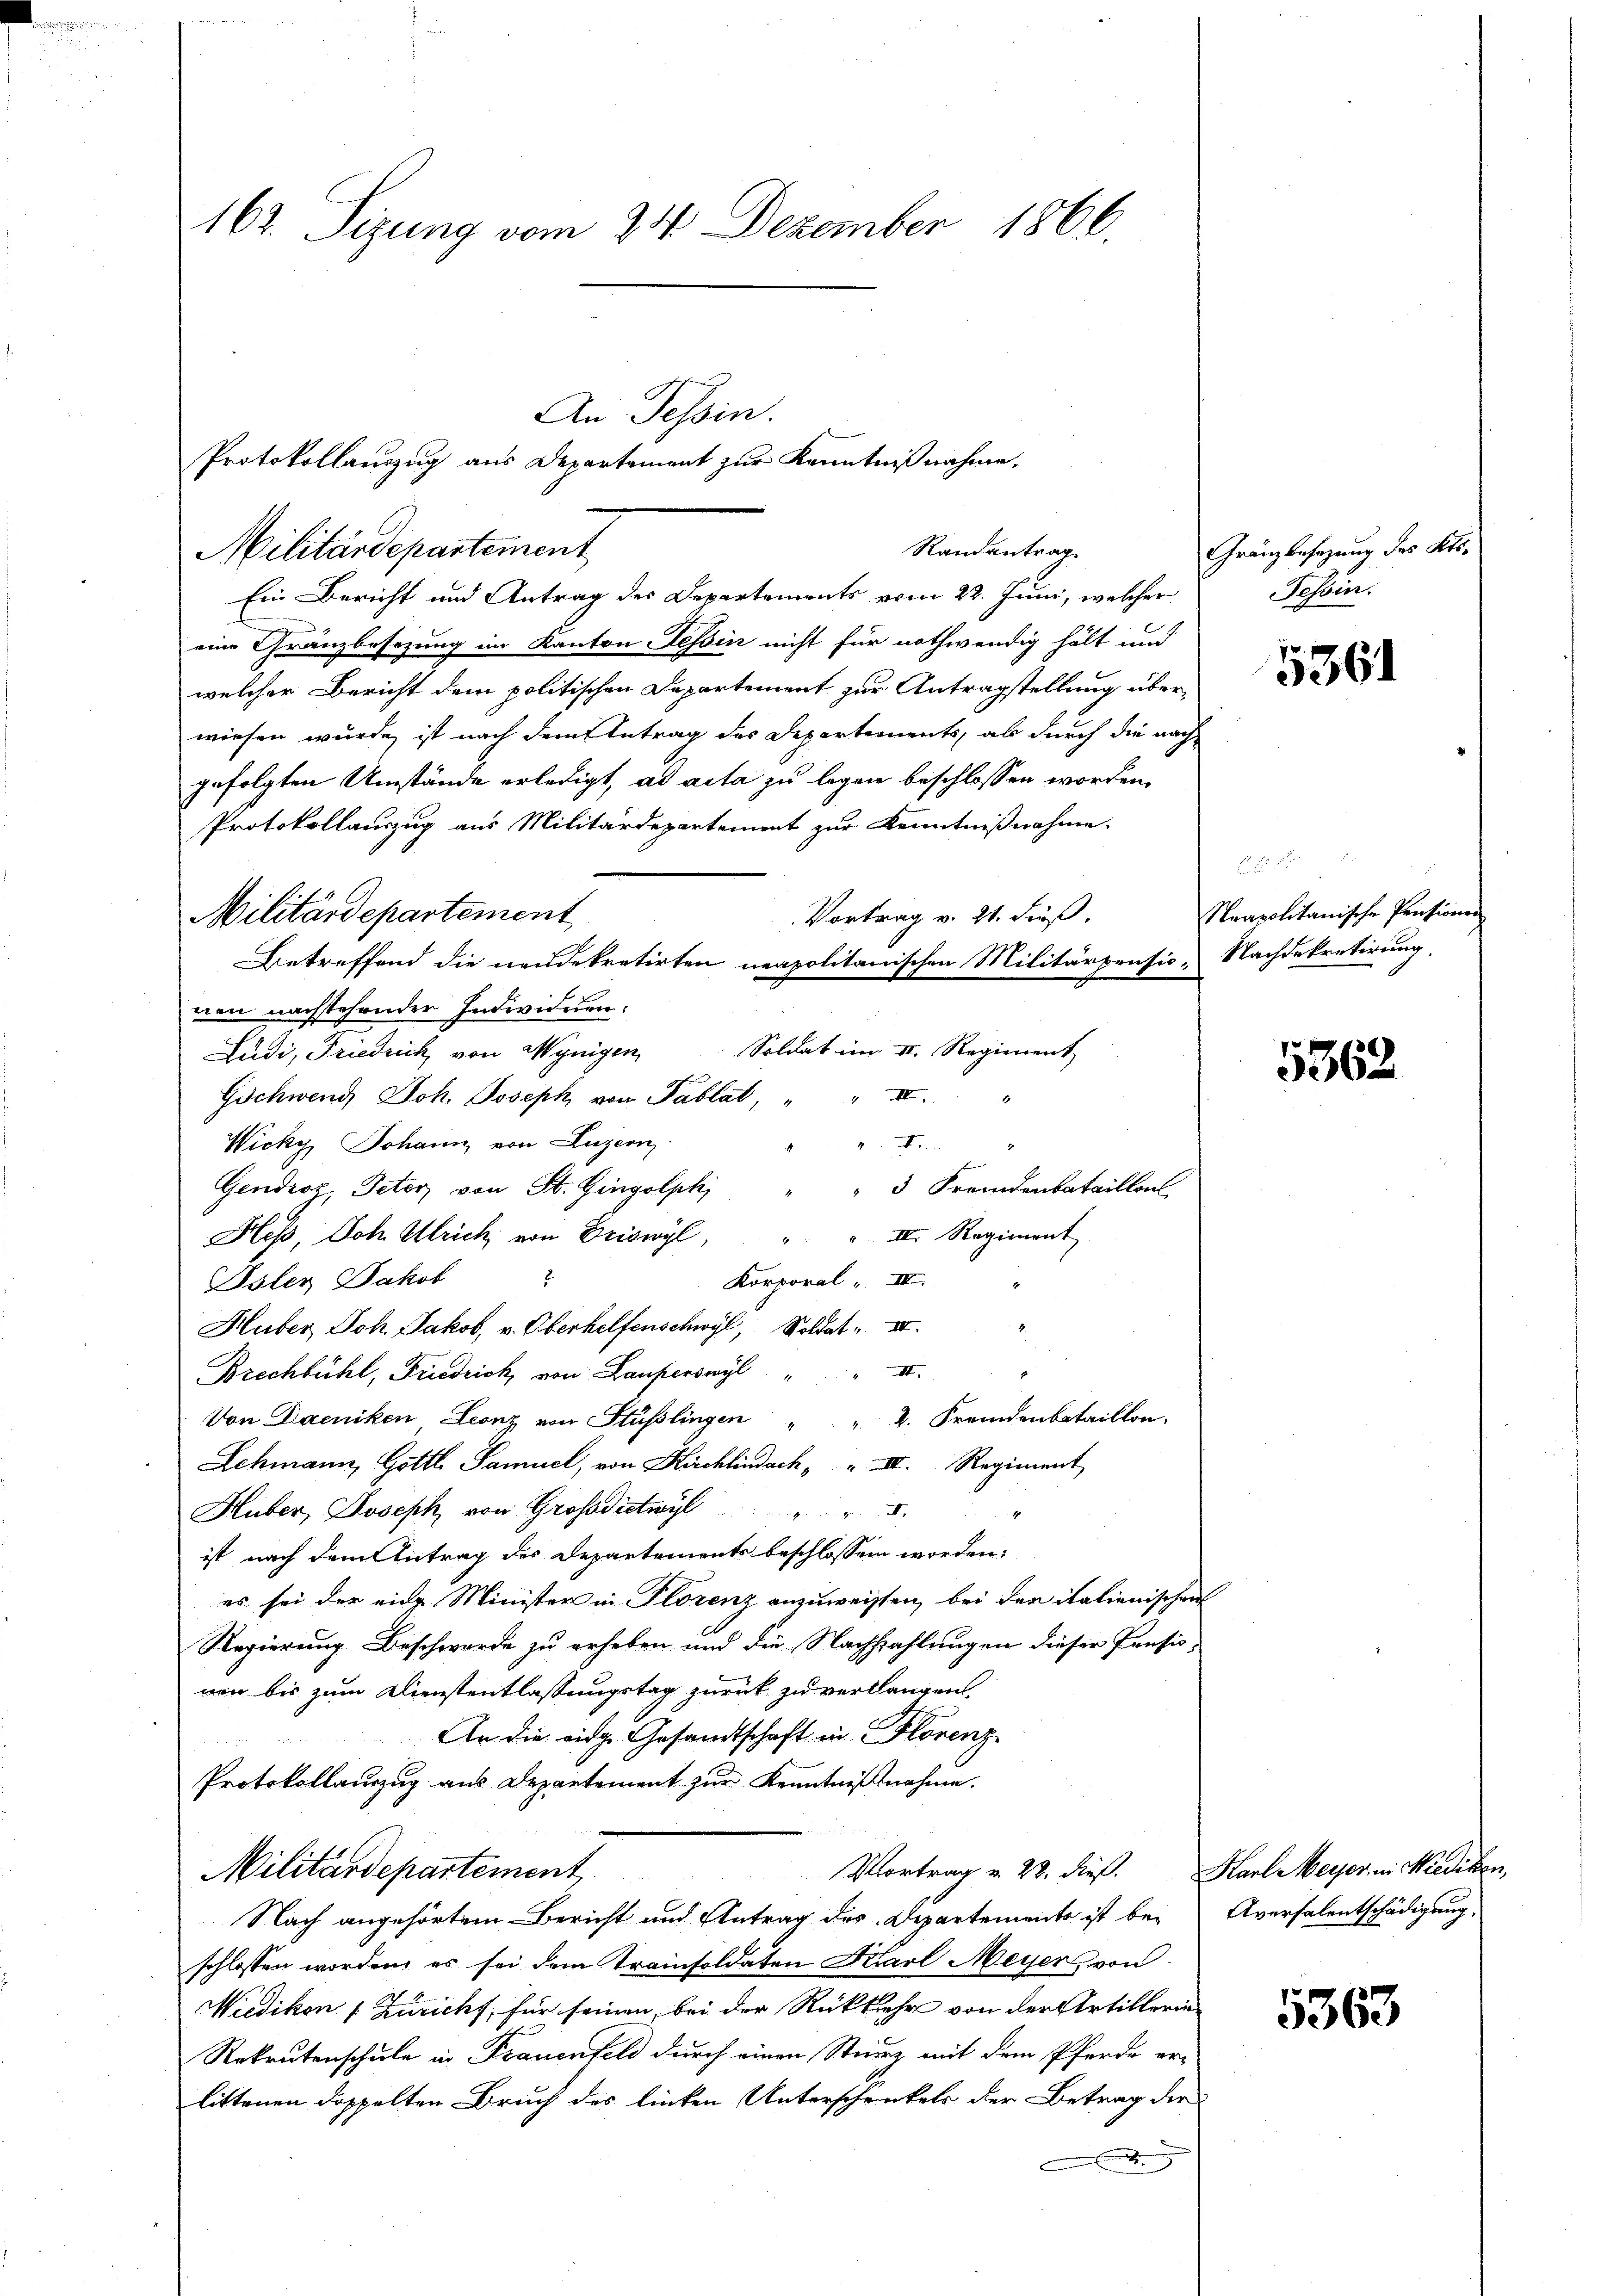
Militärdepartement

162. Sizung vom 24. Dezember 1866.
An Tessin.
Protokollauszug aus Departement zur Kenntnißnahme.

Ein Bericht und Antrag des Departements vom 22. Juni, welcher
eine Gränzbesezung im Kanton Tessin nicht für nothwendig hält und
welcher Bericht dem politischen Departement zur Antragstellung überwiesen wurde, ist nach dem Antrag des Departements, als durch die nach-
gefolgten Umstände erledigt, ad acta zu legen beschlossen worden.
Protokollauszug aus Militärdepartement zur Kenntnißnahme
Vortrag v. 21. dieß.
Betreffend die neudekretirten neapolitanischen Militärpensio. Nachdekretirung,
nen nachstehender Individuen:
Soldat im II. Regiment
Ludi, Friedrich von Mynigen

Gschwend, Joh. Joseph von Tablat,
Wicky, Johann von Luzern
I
Gendroz, Peter von St. Gingolphi "
 3 Fremdenbataillon
Hess, Joh. Ulrich von Eriswyl, " " III. Regiment
Korporal IV.
Isler Jakob
Huber Joh. Jakob, v. Oberhelfenschwyl, Soldat III.
Brechbühl, Friedrich, von Lauferswyl " " II.
Von Daeniken Leonz von Stüßlingen " " 2. Fremdenbataillon,
Lehmann, Gottl. Samuel, von Kuchlindach " " III. Regiment
Huber, Joseph von Grossdictwyl
ng
ist nach dem Antrag des Departements beschlossen worden:
es sei der eine Minister in Florenz anzuweisten, bei den italienischen
Regierung Beschwerde zu erheben und die Nachzahlungen dieser Pensisnen bis zum Dienstentlassungstag zurück zu verlangen.
An die eidg. Gesandtschaft in Florenz

Protokollauszug aus Departement zŭr Kenntnißnahme.
Vortrag v. 22. dieß. Karl Meyer, in Wiedikon,
Militärdepartement
Nach angehörtem Bericht und Antrag des Departements ist beschlossen worden, es sei dem Trainsoldaten Karl Meyer von
Wiedikon [Züricht, für seinen, bei der Rückkehr von der Artillerin
Rekrutenschule in Frauenfeld durch einen Sturz mit dem Pferde erlittenen doppelten Bruch des linken Unterschenkels der Betrag der
.

Militärdepartement

Randantrag

Gränzbesezung des Kts.
Schön.

5361

Neapolitanische Pensionen

5362

Aversalentschädigung,

5363